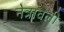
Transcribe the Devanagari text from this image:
नेत्रावली